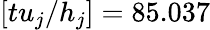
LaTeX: [tu_{j}/h_{j}]=85.037